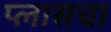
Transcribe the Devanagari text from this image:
प्लासचा